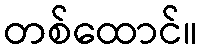
တစ်ထောင်။